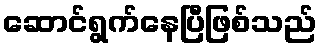
ဆောင်ရွက်နေပြီဖြစ်သည်